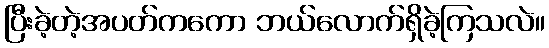
ပြီးခဲ့တဲ့အပတ်ကကော ဘယ်လောက်ရှိခဲ့ကြသလဲ။